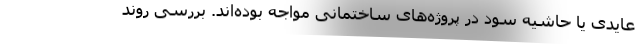
عایدی یا حاشیه سود در پروژه‌های ساختمانی مواجه بوده‌اند. بررسی روند